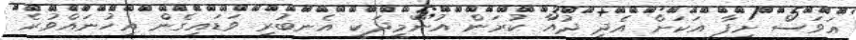
ޢަވަސް ށިފާ އަކަށް އެދި ދުއާ ކުރަން އުންމީދަކީ އެނބުރި ވަޑައިގެން އިހުނައްވުރެ